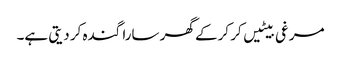
مرغی بیٹیں کر کرکے گھر سارا گندہ کر دیتی ہے۔